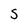
Character: S